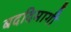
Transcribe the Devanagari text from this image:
बददिमागी